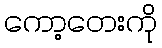
ကော့တေးကို